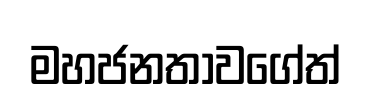
මහජනතාවගේත්